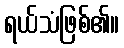
ရယ်သံဖြစ်၏။